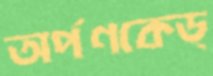
অর্পণকেড্